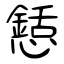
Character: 懖